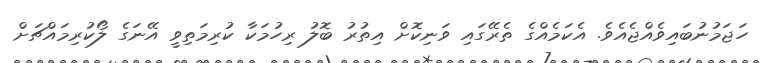
ހަޖަމުނުބައިވެއްޖެއެވެ. އެކަމެއްގެ ތެރޭގައި ވަނިކޮށް އިތުރު ބޮލު ރިހުމަކާ ކުރިމަތިވީ އޭނަގެ ލޯކުރިމައްޗަށް